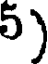
5)